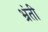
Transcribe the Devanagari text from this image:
भ्रंती